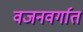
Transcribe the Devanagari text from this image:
वजनवर्गात